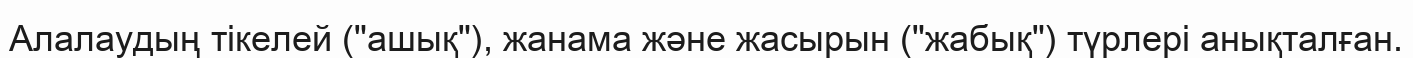
Алалаудың тікелей ("ашық"), жанама және жасырын ("жабық") түрлері анықталған.